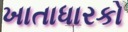
ખાતાધારકો